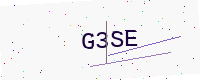
Text: G3SE